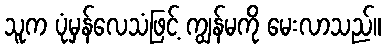
သူက ပုံမှန်လေသံဖြင့် ကျွန်မကို မေးလာသည်။